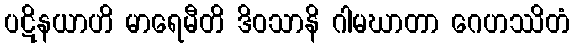
ပဋိနယာဟိ မာရေမီတိ ဒိဝသာနိ ဂါမဃာတာ ဂေဟဿိတံ